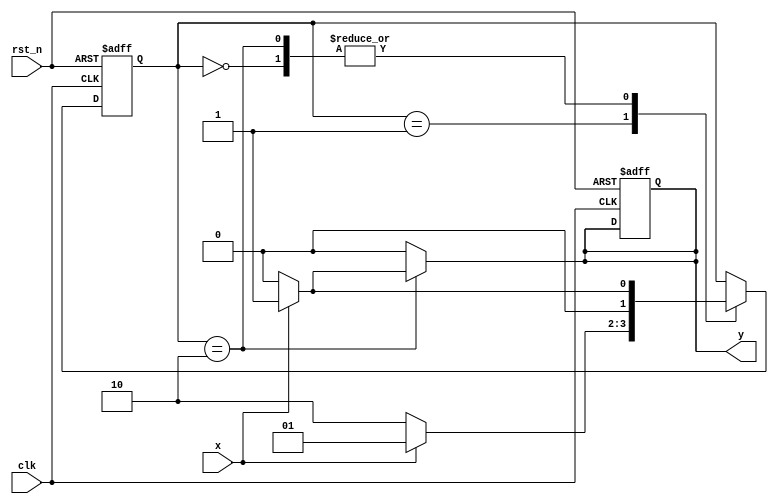

module fsm_topmodule(
    input x,
    input clk,
    input rst_n,
    output reg y
);

    localparam WAIT_1ST_1 = 2'b00,  // Tr?ng thi ch? bit ??u tin l 1
               WAIT_0     = 2'b01,  // Tr?ng thi ch? bit 0
               WAIT_2ND_1 = 2'b10;  // Tr?ng thi ch? bit th? hai l 1

    reg [1:0] state = WAIT_1ST_1, nextstate;

    always @(posedge clk or negedge rst_n) begin
        if (!rst_n) begin
            state <= WAIT_1ST_1;  // N?u reset, quay v? tr?ng thi ban ??u
            y <= 0;               // v ??t y v? 0
        end
        else begin
            state <= nextstate;   // C?p nh?t tr?ng thi m?i d?a trn x v tr?ng thi hi?n t?i
        end
    end

    always @(*) begin
        nextstate = state;  // Gi tr? m?c ??nh cho nextstate ?? trnh latching
        y = 0;              // Gi tr? m?c ??nh cho y

        case (state)
            WAIT_1ST_1: begin
                if (x == 1) nextstate = WAIT_0;  // N?u x = 1, chuy?n sang tr?ng thi ti?p theo
                else nextstate = WAIT_1ST_1; 
            end
            WAIT_0: begin
                if (x == 0) nextstate = WAIT_2ND_1;  // N?u x = 0, chuy?n sang tr?ng thi ti?p theo
                else nextstate = WAIT_0;         // N?u x l?i l 1, quay l?i ch? bit ??u tin
            end
            WAIT_2ND_1: begin
                if (x == 1) begin
                    y = 1;                         // N?u x = 1, chu?i 101 ? ???c pht hi?n
                    nextstate = WAIT_0;        // Quay l?i ch? bit ??u tin
                end
                else nextstate = WAIT_1ST_1;           // N?u x = 0, chuy?n sang tr?ng thi ch? 0
            end
        endcase
    end

endmodule